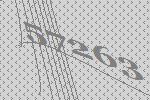
57263